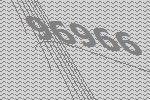
96966